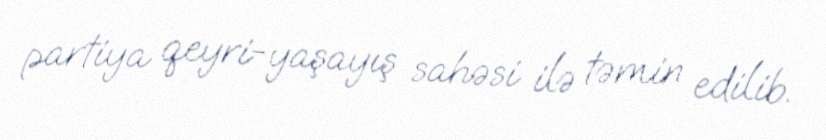
partiya qeyri-yaşayış sahəsi ilə təmin edilib.